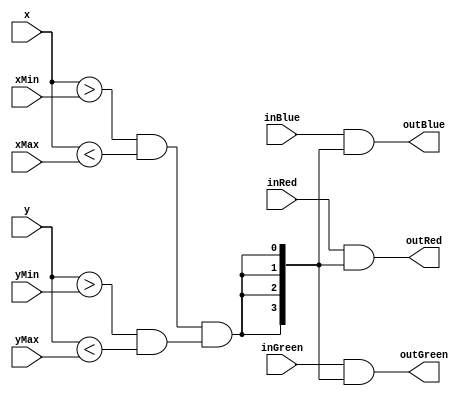
`timescale 1ns / 1ps
//////////////////////////////////////////////////////////////////////////////////
// Company: 
// Engineer: 
// 
// Design Name: 
// Module Name: block
// Project Name: 
// Target Devices: 
// Tool Versions: 
// Description: 
// 
// Dependencies: 
// 
// Revision:
// Revision 0.01 - File Created
// Additional Comments:
// 
//////////////////////////////////////////////////////////////////////////////////


module block(
        input [3:0] inRed,
        input [3:0] inGreen,
        input [3:0] inBlue,
        
        input [15:0] x, //bottom right
        input [15:0] xMin,
        input [15:0] xMax,
                
        input [15:0] y, //bottom right
        input [15:0] yMin,
        input [15:0] yMax,
        
        output [3:0] outRed,
        output [3:0] outGreen,
        output [3:0] outBlue
    );
     
    assign outRed = inRed & {4{(x > xMin & x < xMax) & (y > yMin & y < yMax)}};
    assign outGreen = inGreen & {4{(x > xMin & x < xMax) & (y > yMin & y < yMax)}};
    assign outBlue = inBlue & {4{(x > xMin & x < xMax) & (y > yMin & y < yMax)}};
    
endmodule